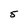
Character: 5